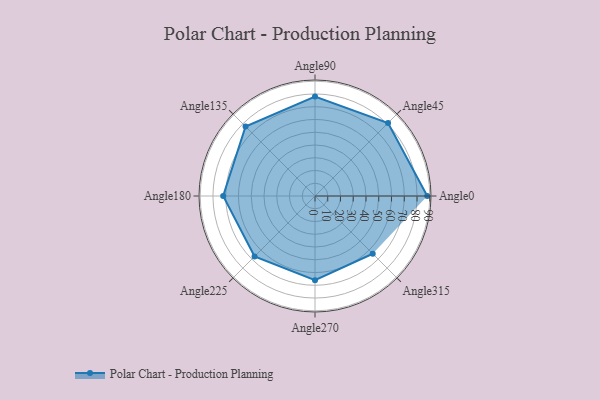
{"axis": {"x": "Angle", "y": "Radius"}, "legend": [""], "data": [{"x": "Angle0", "y": 88.0, "type": ""}, {"x": "Angle45", "y": 81.0, "type": ""}, {"x": "Angle90", "y": 78.0, "type": ""}, {"x": "Angle135", "y": 77.0, "type": ""}, {"x": "Angle180", "y": 72.0, "type": ""}, {"x": "Angle225", "y": 67.0, "type": ""}, {"x": "Angle270", "y": 66.0, "type": ""}, {"x": "Angle315", "y": 64.0, "type": ""}]}